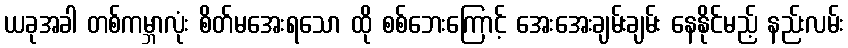
ယခုအခါ တစ်ကမ္ဘာလုံး စိတ်မအေးရသော ထို စစ်ဘေးကြောင့် အေးအေးချမ်းချမ်း နေနိုင်မည့် နည်းလမ်း